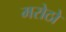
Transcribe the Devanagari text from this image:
मरोठो